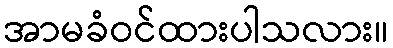
အာမခံဝင်ထားပါသလား။